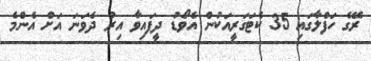
ރޭގެ ހަފްލާގައި 35 ކެޓަގަރީއަކުން އެވޯޑު ދީފައިވާ އިރު ދެވަނަ އަށް އެންމެ